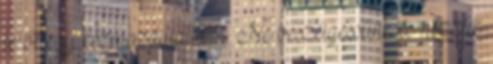
le őt egy kézmozdulattal. - Ne beszélgessünk és nézzük